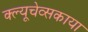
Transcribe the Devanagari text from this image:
क्ल्यूचेव्सकाया